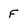
Character: f